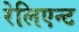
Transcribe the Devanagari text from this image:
रेलिएन्ट